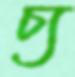
চ্য